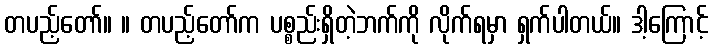
တပည့်တော်။ ။ တပည့်တော်က ပစ္စည်းရှိတဲ့ဘက်ကို လိုက်ရမှာ ရှက်ပါတယ်။ ဒါ့ကြောင့်